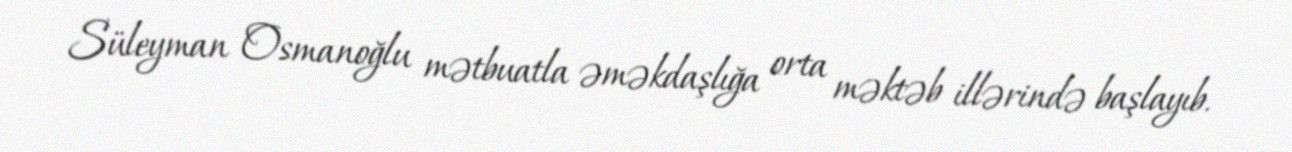
Süleyman Osmanoğlu mətbuatla əməkdaşlığa orta məktəb illərində başlayıb.